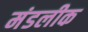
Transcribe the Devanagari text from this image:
मंडलीक